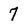
Character: 7